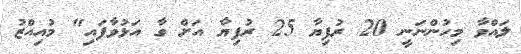
ލައްވާ މިހުންނަނީ 20 ރުފިޔާ 25 ރުފިޔާ އަށް ގާ އަޅުވާފައި" މުއިއްޒު